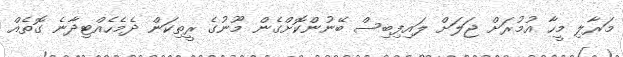
މަރާލި މީހާ އުމުރަށް ޖަލަށް ލައިފިބިސް ބޭނުންކޮށްގެން މޫނުގެ ރީތިކަން ދެމެހެއްޓިދާނެ ގޮތެއް